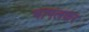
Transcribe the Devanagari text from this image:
भागलकर